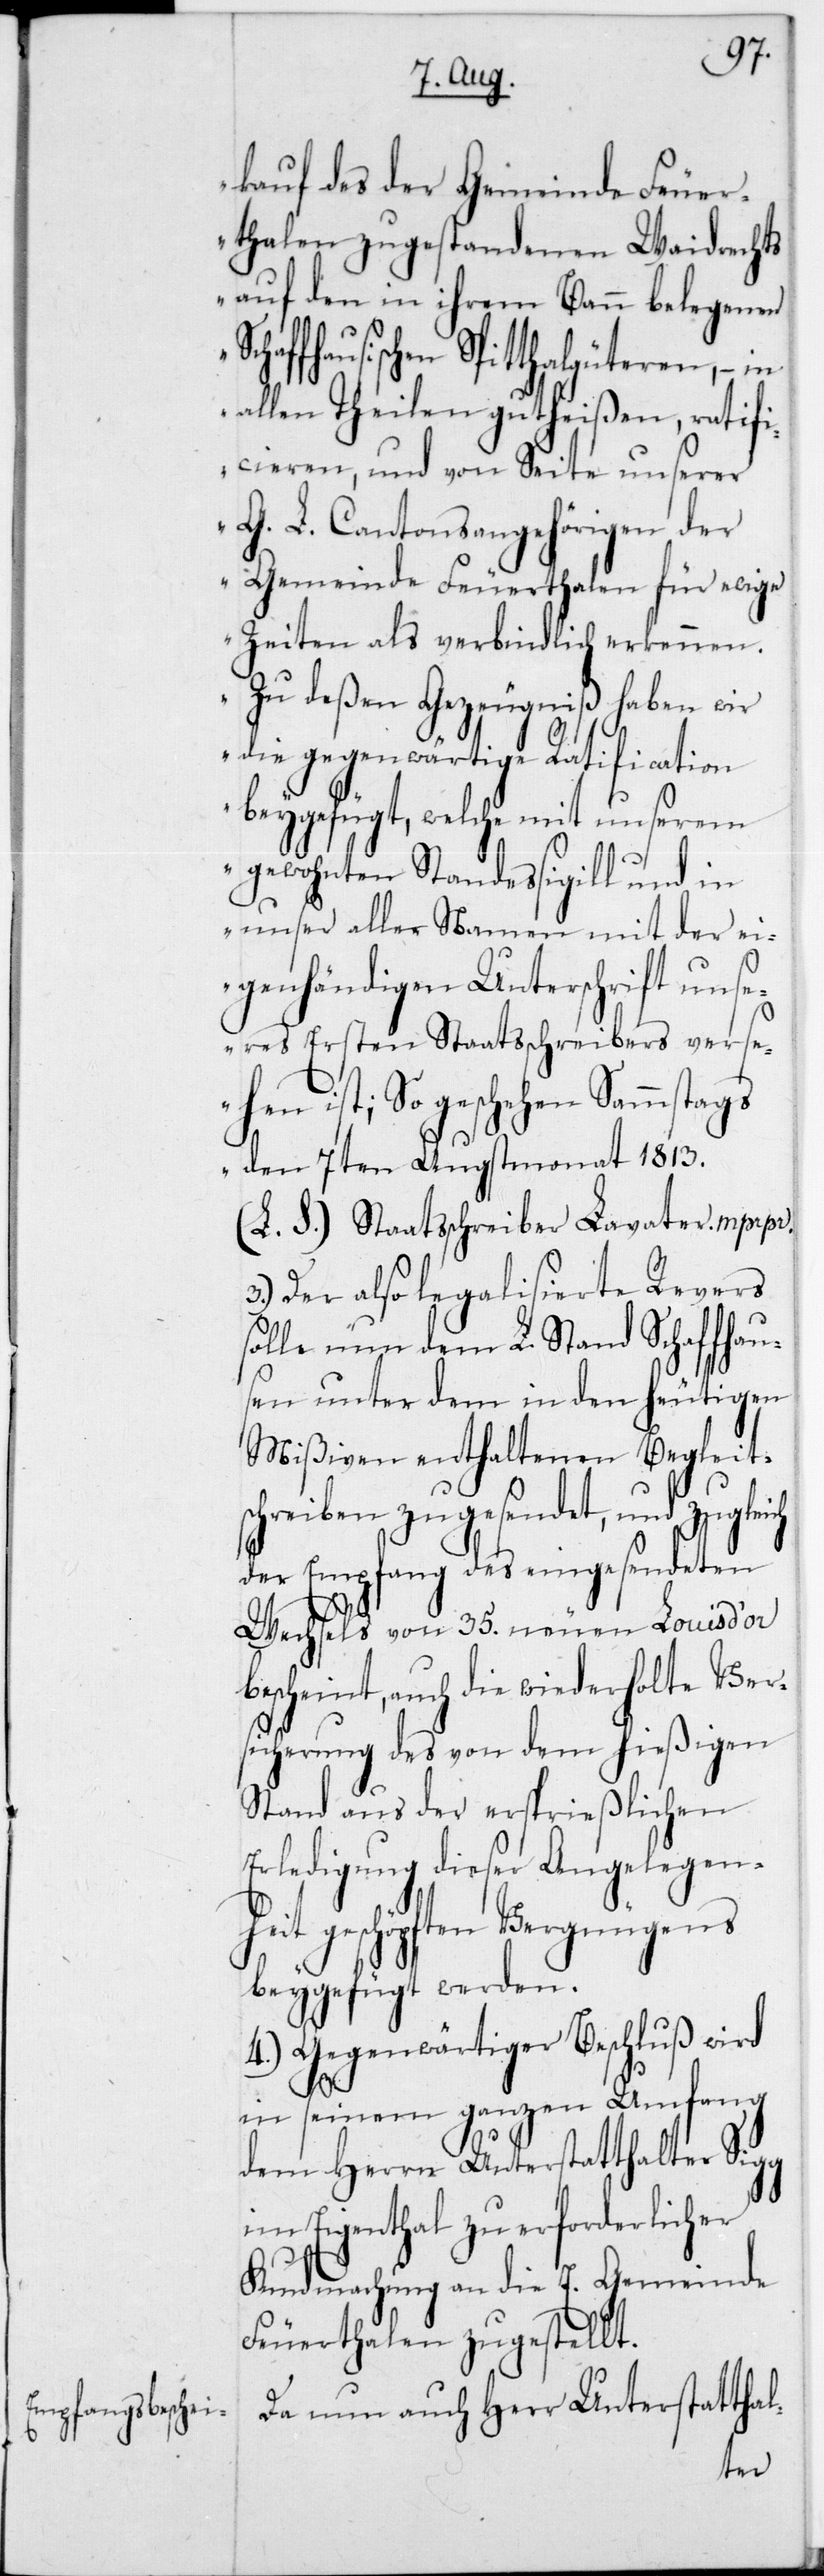
ch
heit
kauf des der Gemeinde Feuer¬
thalen zugestandenen Waidrechts
auf den in ihrem Bann belegenen
chaffhausischen Spitthalgüteren, – in
allen Theilen gutheißen, ratifi¬
cieren, und von Seite unserer
G. L. Cantonsangehörigen der
Gemeinde Feuerthalen für ewige
Zeiten als verbindlich erkennen.
Zu deßen Gezeugniß haben wir
die gegenwärtige Ratification
beygefügt, welche mit unserem
gewohntenStandessigill und in
unser aller Namen mit der ei¬
genhändigen Unterschrift uns¬
eres Ersten Staatsschreibers verse¬
hen ist; so geschehen Samstags
den 7ten Augstmonats 1813;
(L. S.) Staatsschreiber Lavater mprpr.
Der also legalisierte Revers
solle nun dem L. Stand Schaffhau¬
sen unter dem in den heutigen
Mißiven enthaltenen Begleit¬
schreiben zugesendet, und zuglei¬
der Empfang des eingesendeten
Wechsels von 35 neuen Louis d’or
bescheint, auch die wiederholte Ver¬
sicherung des von dem hießigen
Stand aus der ersprießlichen
Erledigung dieser Angelegen¬
geschöpften Vergnügens
beygefügt werden.
4.) Gegenwärtiger Beschluß wird
in seinem ganzen Umfang
dem Herrn Unterstatthalter Sigg
im Eigenthal zu erforderlicher
Kundmachung an die E. Gemeinde
Feuerthalen zugestellt.
Da nun auch Herr Unterstatthal-